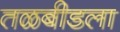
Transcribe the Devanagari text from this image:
तळबीडला